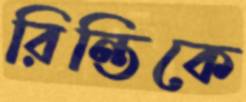
রিন্তিকে